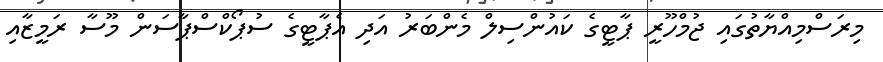
މިރަސްމިއްޔާތުގައި ޖުމްހޫރީ ޕާޓީގެ ކައުންސިލް މެންބަރު އަދި އެޕާޓީގެ ސުޕޯކްސްޕާސަން މޫސާ ރަމީޒާއި